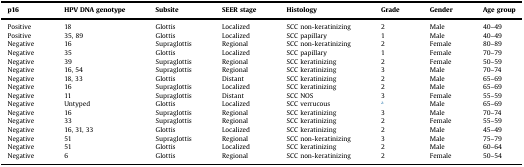
| p16 | HPV DNA genotype | Subsite | SEER stage | Histology | Grade | Gender | Age group |
 | --- | --- | --- | --- | --- | --- | --- | --- |
 | Positive | 18 | Glottis | Localized | SCC non-keratinizing | 2 | Male | 40–49 |
 | Positive | 35, 89 | Glottis | Localized | SCC papillary | 1 | Male | 40–49 |
 | Negative | 16 | Supraglottis | Regional | SCC non-keratinizing | 2 | Female | 80–89 |
 | Negative | 35 | Glottis | Localized | SCC papillary | 1 | Female | 70–79 |
 | Negative | 39 | Supraglottis | Regional | SCC keratinizing | 2 | Female | 50–59 |
 | Negative | 16, 54 | Supraglottis | Regional | SCC keratinizing | 3 | Male | 70–74 |
 | Negative | 18, 33 | Glottis | Distant | SCC keratinizing | 2 | Male | 65–69 |
 | Negative | 16 | Supraglottis | Localized | SCC keratinizing | 2 | Male | 65–69 |
 | Negative | 11 | Supraglottis | Distant | SCC NOS | 3 | Female | 55–59 |
 | Negative | Untyped | Glottis | Localized | SCC verrucous | a | Male | 65–69 |
 | Negative | 16 | Supraglottis | Regional | SCC keratinizing | 3 | Male | 70–74 |
 | Negative | 33 | Supraglottis | Regional | SCC keratinizing | 2 | Female | 55–59 |
 | Negative | 16, 31, 33 | Glottis | Localized | SCC keratinizing | 2 | Male | 45–49 |
 | Negative | 51 | Supraglottis | Regional | SCC non-keratinizing | 3 | Male | 75–79 |
 | Negative | 51 | Glottis | Localized | SCC keratinizing | 2 | Male | 60–64 |
 | Negative | 6 | Glottis | Regional | SCC non-keratinizing | 2 | Female | 50–54 |